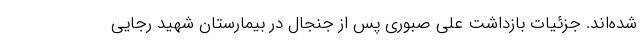
شده‌اند. جزئیات بازداشت علی صبوری پس از جنجال در بیمارستان شهید رجایی